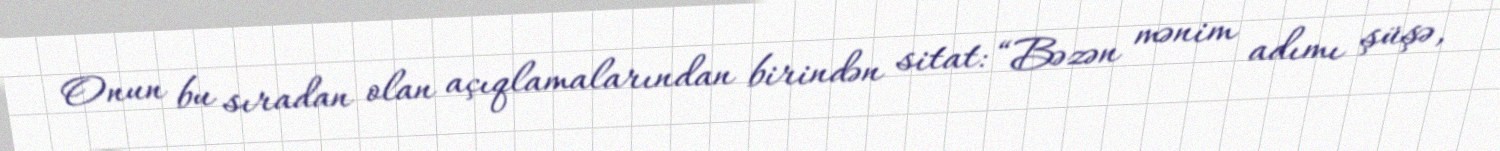
Onun bu sıradan olan açıqlamalarından birindən sitat: “Bəzən mənim adımı şüşə,